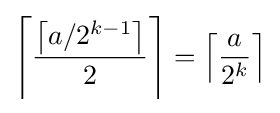
\left\lceil {\frac {\left\lceil a/2^{k-1}\right\rceil }{2}}\right\rceil =\left\lceil {\frac {a}{2^{k}}}\right\rceil